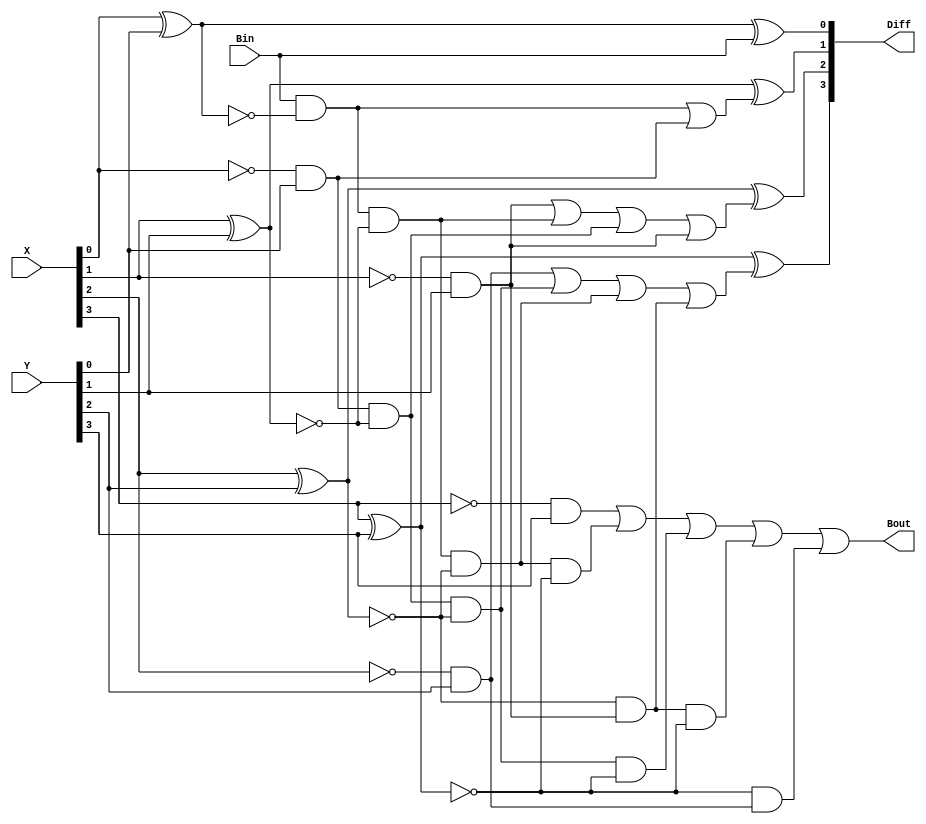
// delay: AND OR:5 XOR Xnor:10 not:0

module Lab2_4_bit_BLS_gatelevel(output [3:0] Diff, output Bout, input [3:0] X, Y, input Bin);

wire [3:0] G;
wire [3:0] P;
wire [2:0] B;
wire [3:0] not_X;
wire [3:0] not_Y;
wire [3:0] not_P;
wire [2:0] not_B;
wire not_bin;

not(not_X[0],X[0]);
not(not_X[1],X[1]);
not(not_X[2],X[2]);
not(not_X[3],X[3]);

not(not_Y[0],Y[0]);
not(not_Y[1],Y[1]);
not(not_Y[2],Y[2]);
not(not_Y[3],Y[3]);

and #(5) (G[0],not_X[0],Y[0]);
and #(5) (G[1],not_X[1],Y[1]);
and #(5) (G[2],not_X[2],Y[2]);
and #(5) (G[3],not_X[3],Y[3]);

xnor #(10) (P[0],X[0],Y[0]);
xnor #(10) (P[1],X[1],Y[1]);
xnor #(10) (P[2],X[2],Y[2]);
xnor #(10) (P[3],X[3],Y[3]);

//-----------------------------

wire tmp1;
and #(5) (tmp1,Bin,P[0]);
or #(5) (B[0],tmp1,G[0]);

wire tmp2,tmp3;
and #(5) (tmp2,Bin,P[0],P[1]);
and #(5) (tmp3,G[0],P[1]);
or #(5) (B[1],G[1],tmp2,tmp3,G[1]);

wire tmp4,tmp5,tmp6;
and #(5) (tmp4,Bin,P[0],P[1],P[2]);
and #(5) (tmp5,G[0],P[1],P[2]);
and #(5) (tmp6,P[2],G[1]);
or #(5) (B[2],G[2],tmp5,tmp4,tmp6);

wire tmp7,tmp8,tmp9,tmp10;
and #(5) (tmp7,Bin,P[0],P[1],P[2],P[3]);
and #(5) (tmp8,G[0],P[1],P[2],P[3]);
and #(5) (tmp9,P[2],G[1],P[3]);
and #(10) (tmp10,P[3],G[2]);
or #(10) (Bout,G[3],tmp7,tmp8,tmp9,tmp10);

not(not_P[0],P[0]);
not(not_P[1],P[1]);
not(not_P[2],P[2]);
not(not_P[3],P[3]);

xor #(10) (Diff[0],not_P[0],Bin);
xor #(10) (Diff[1],not_P[1],B[0]);
xor #(10) (Diff[2],not_P[2],B[1]);
xor #(10) (Diff[3],not_P[3],B[2]);

endmodule